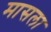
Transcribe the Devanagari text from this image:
मासला